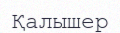
Қалышер